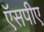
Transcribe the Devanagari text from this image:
ऍसपीए